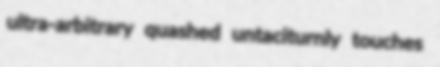
ultra-arbitrary quashed untaciturnly touches